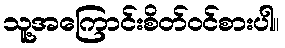
သူ့အကြောင်းစိတ်ဝင်စားပါ။